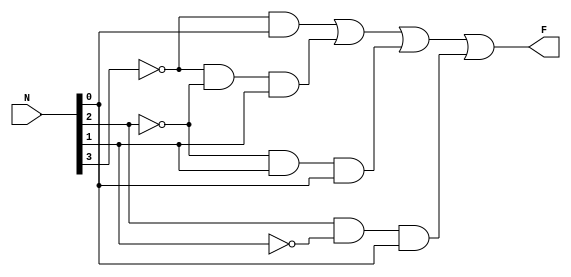
module task2_17(N, F);
    input [3:0] N;
    output F;
    assign F = (~N[3] & N[0]) | (~N[3] & ~N[2] & N[1]) | (~N[2] & N[1] & N[0]) | (N[2] &~ N[1] & N[0]);
endmodule